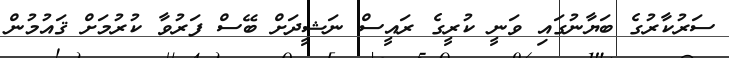
ސަރުކާރުގެ ބަޔާނުގައި ވަނީ ކުރީގެ ރައީސް ނަޝީދަށް ބޭސް ފަރުވާ ކުރުމަށް ޤައުމުން